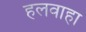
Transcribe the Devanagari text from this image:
हलवाहा